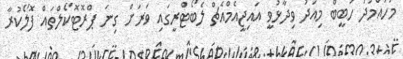
މުހައްމަދު ހަބީބް މިއަދު ވިދާޅުވީ އައިޖީއެމްއެޗް ލެބޯޓްރީގައި ވަރަށް ގިނަ ޕްރޮޓޮކޯލްތައް ފޮލޯކުރާ